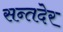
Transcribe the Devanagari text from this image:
सन्तदेर